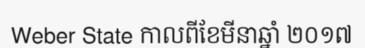
Weber State កាលពីខែមីនាឆ្នាំ ២០១៧